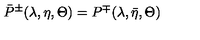
\bar { P } ^ { \pm } ( \lambda , \eta , \Theta ) = P ^ { \mp } ( \lambda , \bar { \eta } , \Theta )